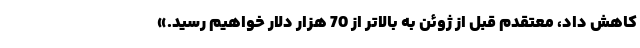
کاهش داد، معتقدم قبل از ژوئن به بالاتر از 70 هزار دلار خواهیم رسید.»